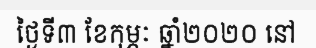
ថ្ងៃទី៣ ខែកុម្ភៈ ឆ្នាំ២០២០ នៅ